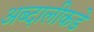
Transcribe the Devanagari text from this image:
अब्दालीकडे